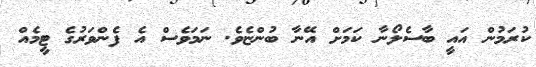
ކުރަމުން އައީ ބާސެލޯނާ ކަމަށް އޭނާ ބުންޏެވެ. ނަމަވެސް އެ ފެންވަރުގެ ޓީމެއް